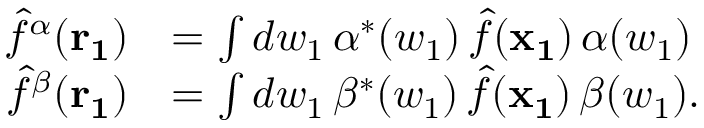
\begin{array} { r l } { \hat { f } ^ { \alpha } ( \mathbf { r _ { 1 } } ) } & { = \int d w _ { 1 } \, \alpha ^ { * } ( w _ { 1 } ) \, \hat { f } ( \mathbf { x _ { 1 } } ) \, \alpha ( w _ { 1 } ) } \\ { \hat { f } ^ { \beta } ( \mathbf { r _ { 1 } } ) } & { = \int d w _ { 1 } \, \beta ^ { * } ( w _ { 1 } ) \, \hat { f } ( \mathbf { x _ { 1 } } ) \, \beta ( w _ { 1 } ) . } \end{array}